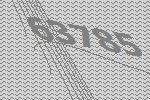
63785